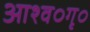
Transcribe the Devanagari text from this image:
आश्व०गृ०